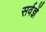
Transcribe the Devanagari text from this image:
सर्वज्ञें